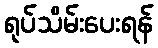
ရုပ်သိမ်းပေးရန်